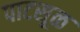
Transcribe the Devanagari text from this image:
पाटसूळ